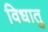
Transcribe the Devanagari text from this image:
विधातु